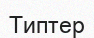
Типтер